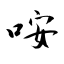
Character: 咹